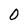
Character: 0